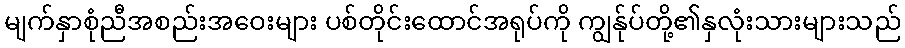
မျက်နှာစုံညီအစည်းအဝေးများ ပစ်တိုင်းထောင်အရုပ်ကို ကျွန်ုပ်တို့၏နှလုံးသားများသည်